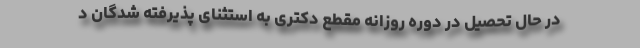
در حال تحصیل در دوره روزانه مقطع دکتری به استثنای پذیرفته شدگان د